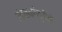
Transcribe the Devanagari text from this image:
संतकवयित्रींनी